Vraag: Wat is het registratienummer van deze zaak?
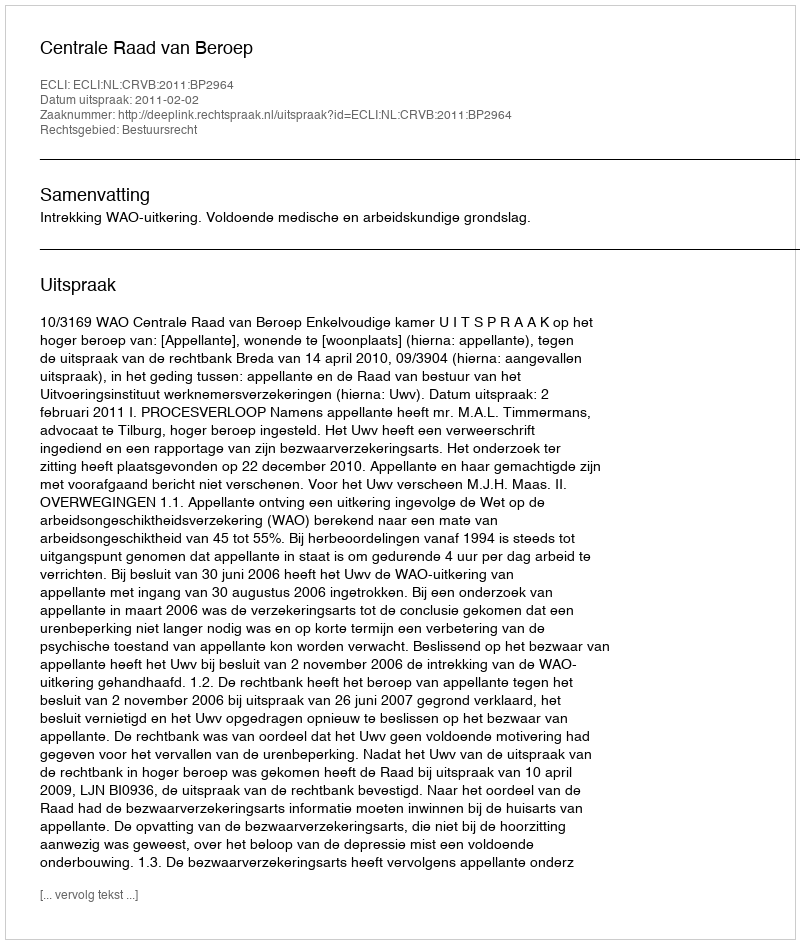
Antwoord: http://deeplink.rechtspraak.nl/uitspraak?id=ECLI:NL:CRVB:2011:BP2964